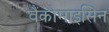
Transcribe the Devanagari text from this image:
वैंकोमाइसिन